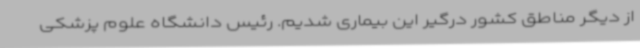
از دیگر مناطق کشور درگیر این بیماری شدیم. رئیس دانشگاه علوم پزشکی